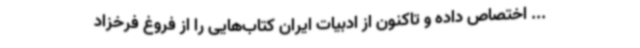
... اختصاص داده و تاکنون از ادبیات ایران کتاب‌هایی را از فروغ فرخزاد